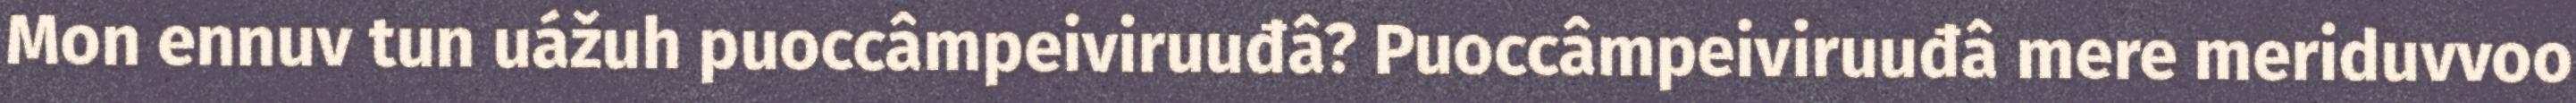
Mon ennuv tun uážuh puoccâmpeiviruuđâ? Puoccâmpeiviruuđâ mere meriduvvoo